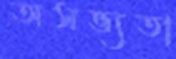
অসভ্যতা